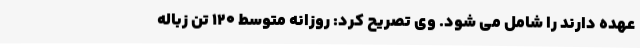
عهده دارند را شامل می شود. وی تصریح کرد: روزانه متوسط 120 تن زباله